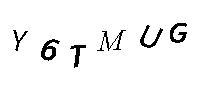
Y6TMUG